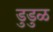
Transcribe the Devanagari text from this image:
डुडुळ